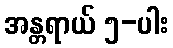
အန္တရာယ် ၅-ပါး